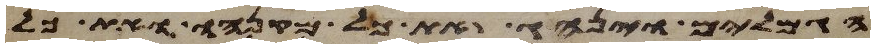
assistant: הגמלים וינהג את כל מקנהו ואת כל